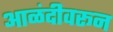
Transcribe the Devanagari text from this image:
आळंदीवरून